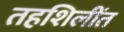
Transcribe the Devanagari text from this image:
तहशिलींत